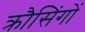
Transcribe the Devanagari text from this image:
क्रौसिंगों